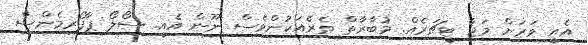
އެއީ ވަރަށް މަޖާ ޓީޗަރެއް. މުބާރާތް ތެރެއަކުންވެސް ނޫން އެއީ. ސޯލޯ ޕާފޯރމެންސް